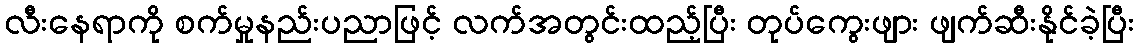
လီးနေရာကို စက်မှုနည်းပညာဖြင့် လက်အတွင်းထည့်ပြီး တုပ်ကွေးဖျား ဖျက်ဆီးနိုင်ခဲ့ပြီး